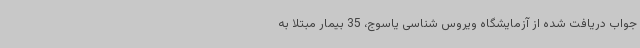
جواب دریافت شده از آزمایشگاه ویروس شناسی یاسوج، 35 بیمار مبتلا به